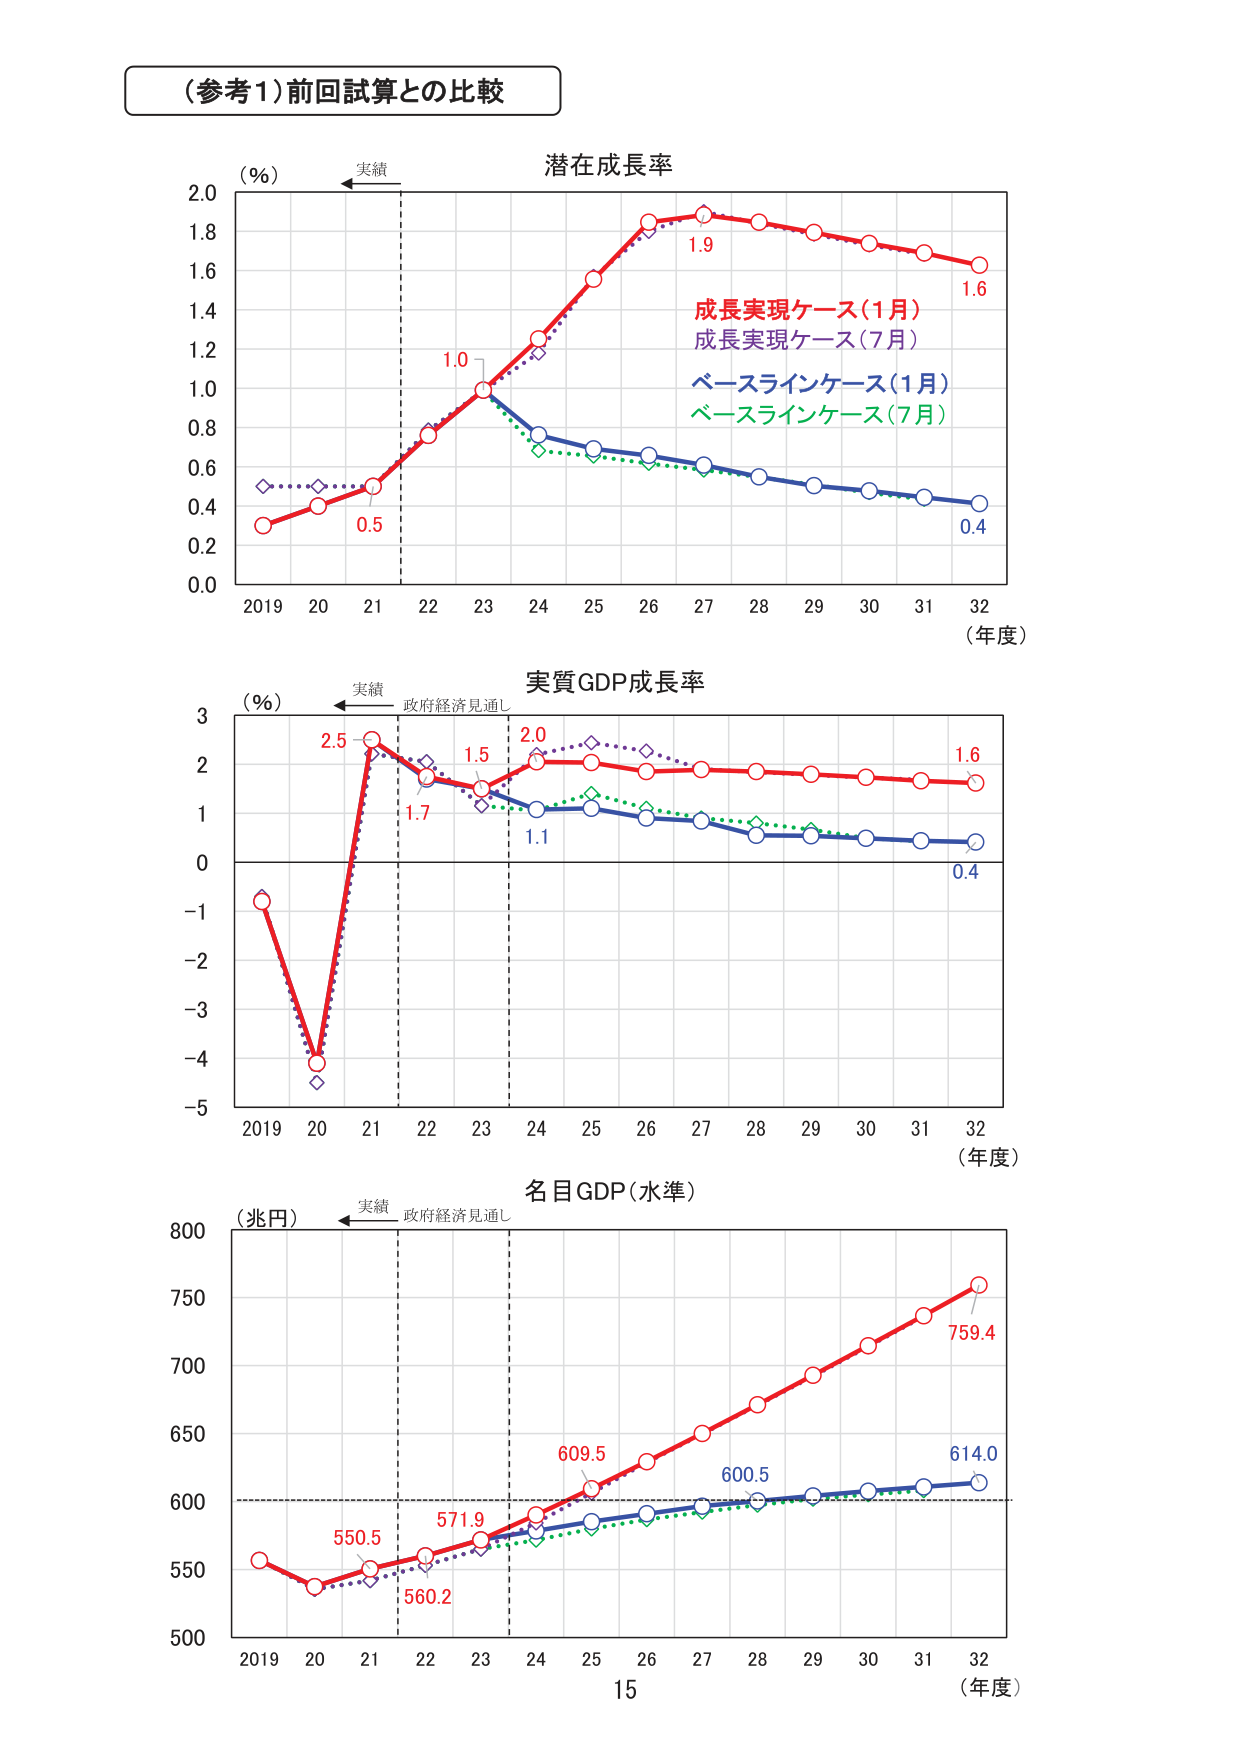
（参考1）前回試算との比較

潜在成長率
（％）
実績
2.0
1.8
1.6
1.4
1.2
1.0
0.8
0.6
0.4
0.2
0.0
2019 20 21 22 23 24 25 26 27 28 29 30 31 32
（年度）
0.5
1.0
1.9
1.6
0.4
成長実現ケース（1月）
成長実現ケース（7月）
ベースラインケース（1月）
ベースラインケース（7月）

実質GDP成長率
（％）
実績
政府経済見通し
3
2
1
0
−1
−2
−3
−4
−5
2019 20 21 22 23 24 25 26 27 28 29 30 31 32
（年度）
2.5
1.7
1.5
2.0
1.1
1.6
0.4

名目GDP（水準）
（兆円）
実績
政府経済見通し
800
750
700
650
600
550
500
2019 20 21 22 23 24 25 26 27 28 29 30 31 32
（年度）
550.5
560.2
571.9
609.5
600.5
759.4
614.0
15